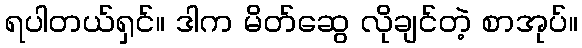
ရပါတယ်ရှင်။ ဒါက မိတ်ဆွေ လိုချင်တဲ့ စာအုပ်။